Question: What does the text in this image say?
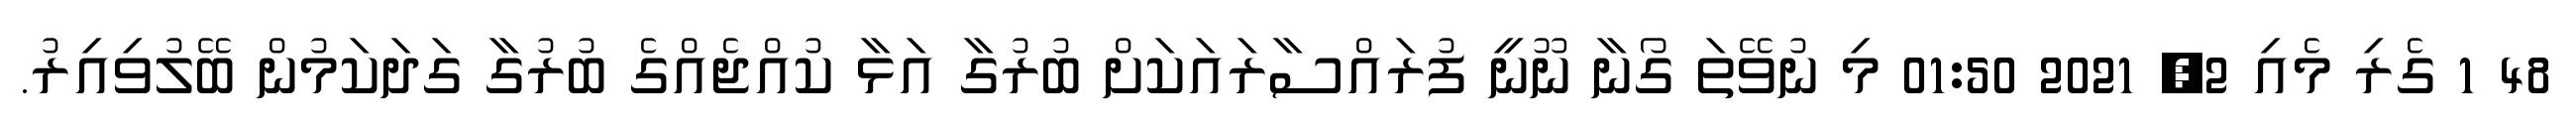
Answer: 48 1 ގެރި މެއި 2, 2021 01:50 މި ނުވޭތަ ގޯނާ ނޫނީ ފުރައްސާރައަކަށް ބުރުގާ އަޅާ ކުއްޖެއްގެ ބުރުގާ ގަދަކަމުން ބޭލުވިއިރު.